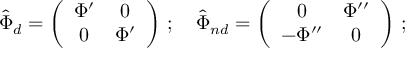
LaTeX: \hat { \Phi } _ { d } = \left( \begin{array} { c c c } { { \Phi ^ { \prime } } } & { { 0 } } \\ { { 0 } } & { { \Phi ^ { \prime } } } \end{array} \right) \, ; \, \, \, \, \, \, \hat { \Phi } _ { n d } = \left( \begin{array} { c c c } { { 0 } } & { { \Phi ^ { \prime \prime } } } \\ { { - \Phi ^ { \prime \prime } } } & { { 0 } } \end{array} \right) \, ;